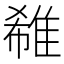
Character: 𨿕